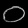
Digit: ၀